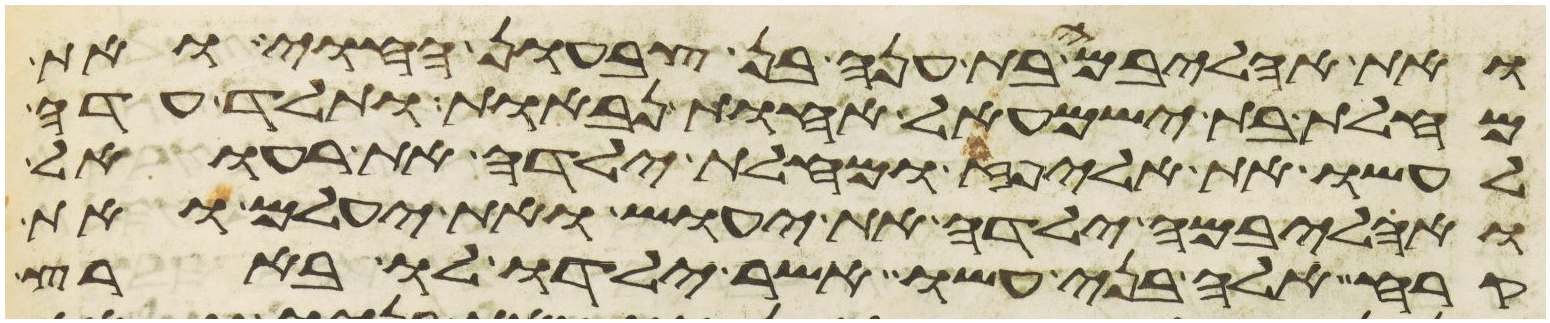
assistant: ואת אהליבמה בת ענה בן צבעון החוי ואת
מחלת בת ישמעאל אחות נבאות ותלד עדה
לעשו את אליפז ומחלת ילדה את רעואל
ואהליבמה ילדה את יעוש ואת יעלם ואת
קרח אלה בני עשו אשר ילדו לו בארץ